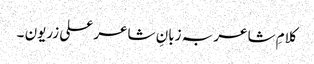
کلامِ شاعر بہ زبانِ شاعر علی زریون ۔